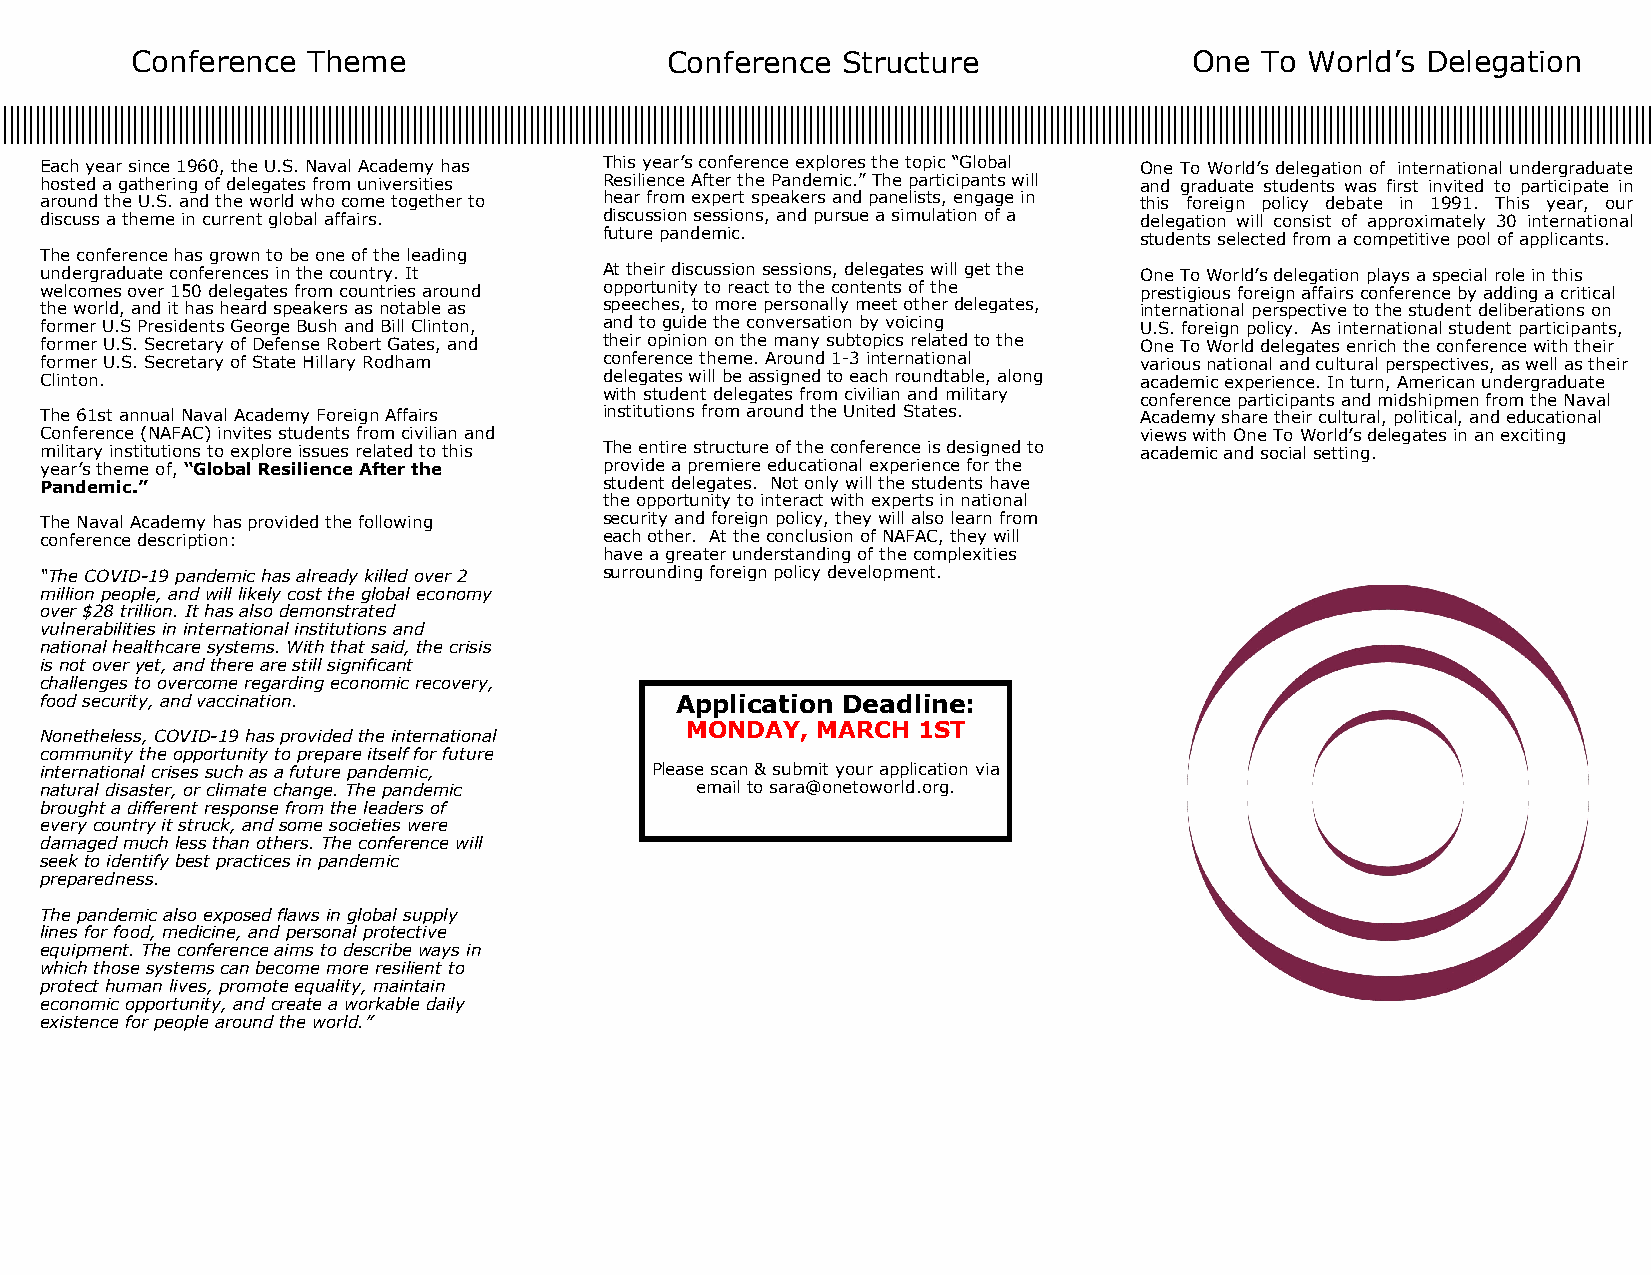
Conference Theme                   Conference  Structure              One To World’s Delegation
 Each year since 1960, the U.S. Naval Academy has This year’s conference explores the topic “Global One To World’s delegation of international undergraduate
 hosted a gathering of delegates from universities Resilience After the Pandemic.” The participants will and graduate students was first invited to participate in
 around the U.S. and the world who come together to hear from expert speakers and panelists, engage in this foreign policy debate in 1991. This year, our
 discuss a theme in current global affairs. discussion sessions, and pursue a simulation of a delegation will consist of approximately 30 international
 future pandemic.                   students selected from a competitive pool of applicants.
 The conference has grown to be one of the leading
 undergraduate conferences in the country. It At their discussion sessions, delegates will get the One To World’s delegation plays a special role in this
 welcomes over 150 delegates from countries around opportunity to react to the contents of the prestigious foreign affairs conference by adding a critical
 the world, and it has heard speakers as notable as speeches, to more personally meet other delegates, international perspective to the student deliberations on
 former U.S Presidents George Bush and Bill Clinton, and to guide the conversation by voicing U.S. foreign policy. As international student participants,
 former U.S. Secretary of Defense Robert Gates, and their opinion on the many subtopics related to the One To World delegates enrich the conference with their
 former U.S. Secretary of State Hillary Rodham conference theme. Around 1-3 international various national and cultural perspectives, as well as their
 Clinton.                             delegates will be assigned to each roundtable, along academic experience. In turn, American undergraduate
 with student delegates from civilian and military conference participants and midshipmen from the Naval
 The 61st annual Naval Academy Foreign Affairs institutions from around the United States. Academy share their cultural, political, and educational
 Conference (NAFAC) invites students from civilian and                   views with One To World’s delegates in an exciting
 military institutions to explore issues related to this The entire structure of the conference is designed to academic and social setting.
 year’s theme of, “Global Resilience After the provide a premiere educational experience for the
 Pandemic.”                           student delegates. Not only will the students have
 the opportunity to interact with experts in national
 The Naval Academy has provided the following security and foreign policy, they will also learn from
 conference description:              each other. At the conclusion of NAFAC, they will
 have a greater understanding of the complexities
 “The COVID-19 pandemic has already killed over 2 surrounding foreign policy development.
 million people, and will likely cost the global economy
 over $28 trillion. It has also demonstrated
 vulnerabilities in international institutions and
 national healthcare systems. With that said, the crisis
 is not over yet, and there are still significant
 challenges to overcome regarding economic recovery,
 food security, and vaccination.           Application Deadline:
 MONDAY,  MARCH  1ST
 Nonetheless, COVID-19 has provided the international
 community the opportunity to prepare itself for future
 international crises such as a future pandemic, Please scan & submit your application via
 natural disaster, or climate change. The pandemic email to sara@onetoworld.org.
 brought a different response from the leaders of
 every country it struck, and some societies were
 damaged much less than others. The conference will
 seek to identify best practices in pandemic
 preparedness.
 The pandemic also exposed flaws in global supply
 lines for food, medicine, and personal protective
 equipment. The conference aims to describe ways in
 which those systems can become more resilient to
 protect human lives, promote equality, maintain
 economic opportunity, and create a workable daily
 existence for people around the world.”